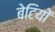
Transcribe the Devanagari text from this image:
बेटियाें